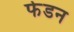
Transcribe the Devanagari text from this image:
फेडन